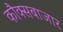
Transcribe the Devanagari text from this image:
कौक्सबाजार